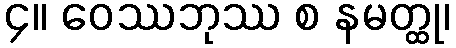
၄။ ဝေဿဘုဿ စ နမတ္ထု၊